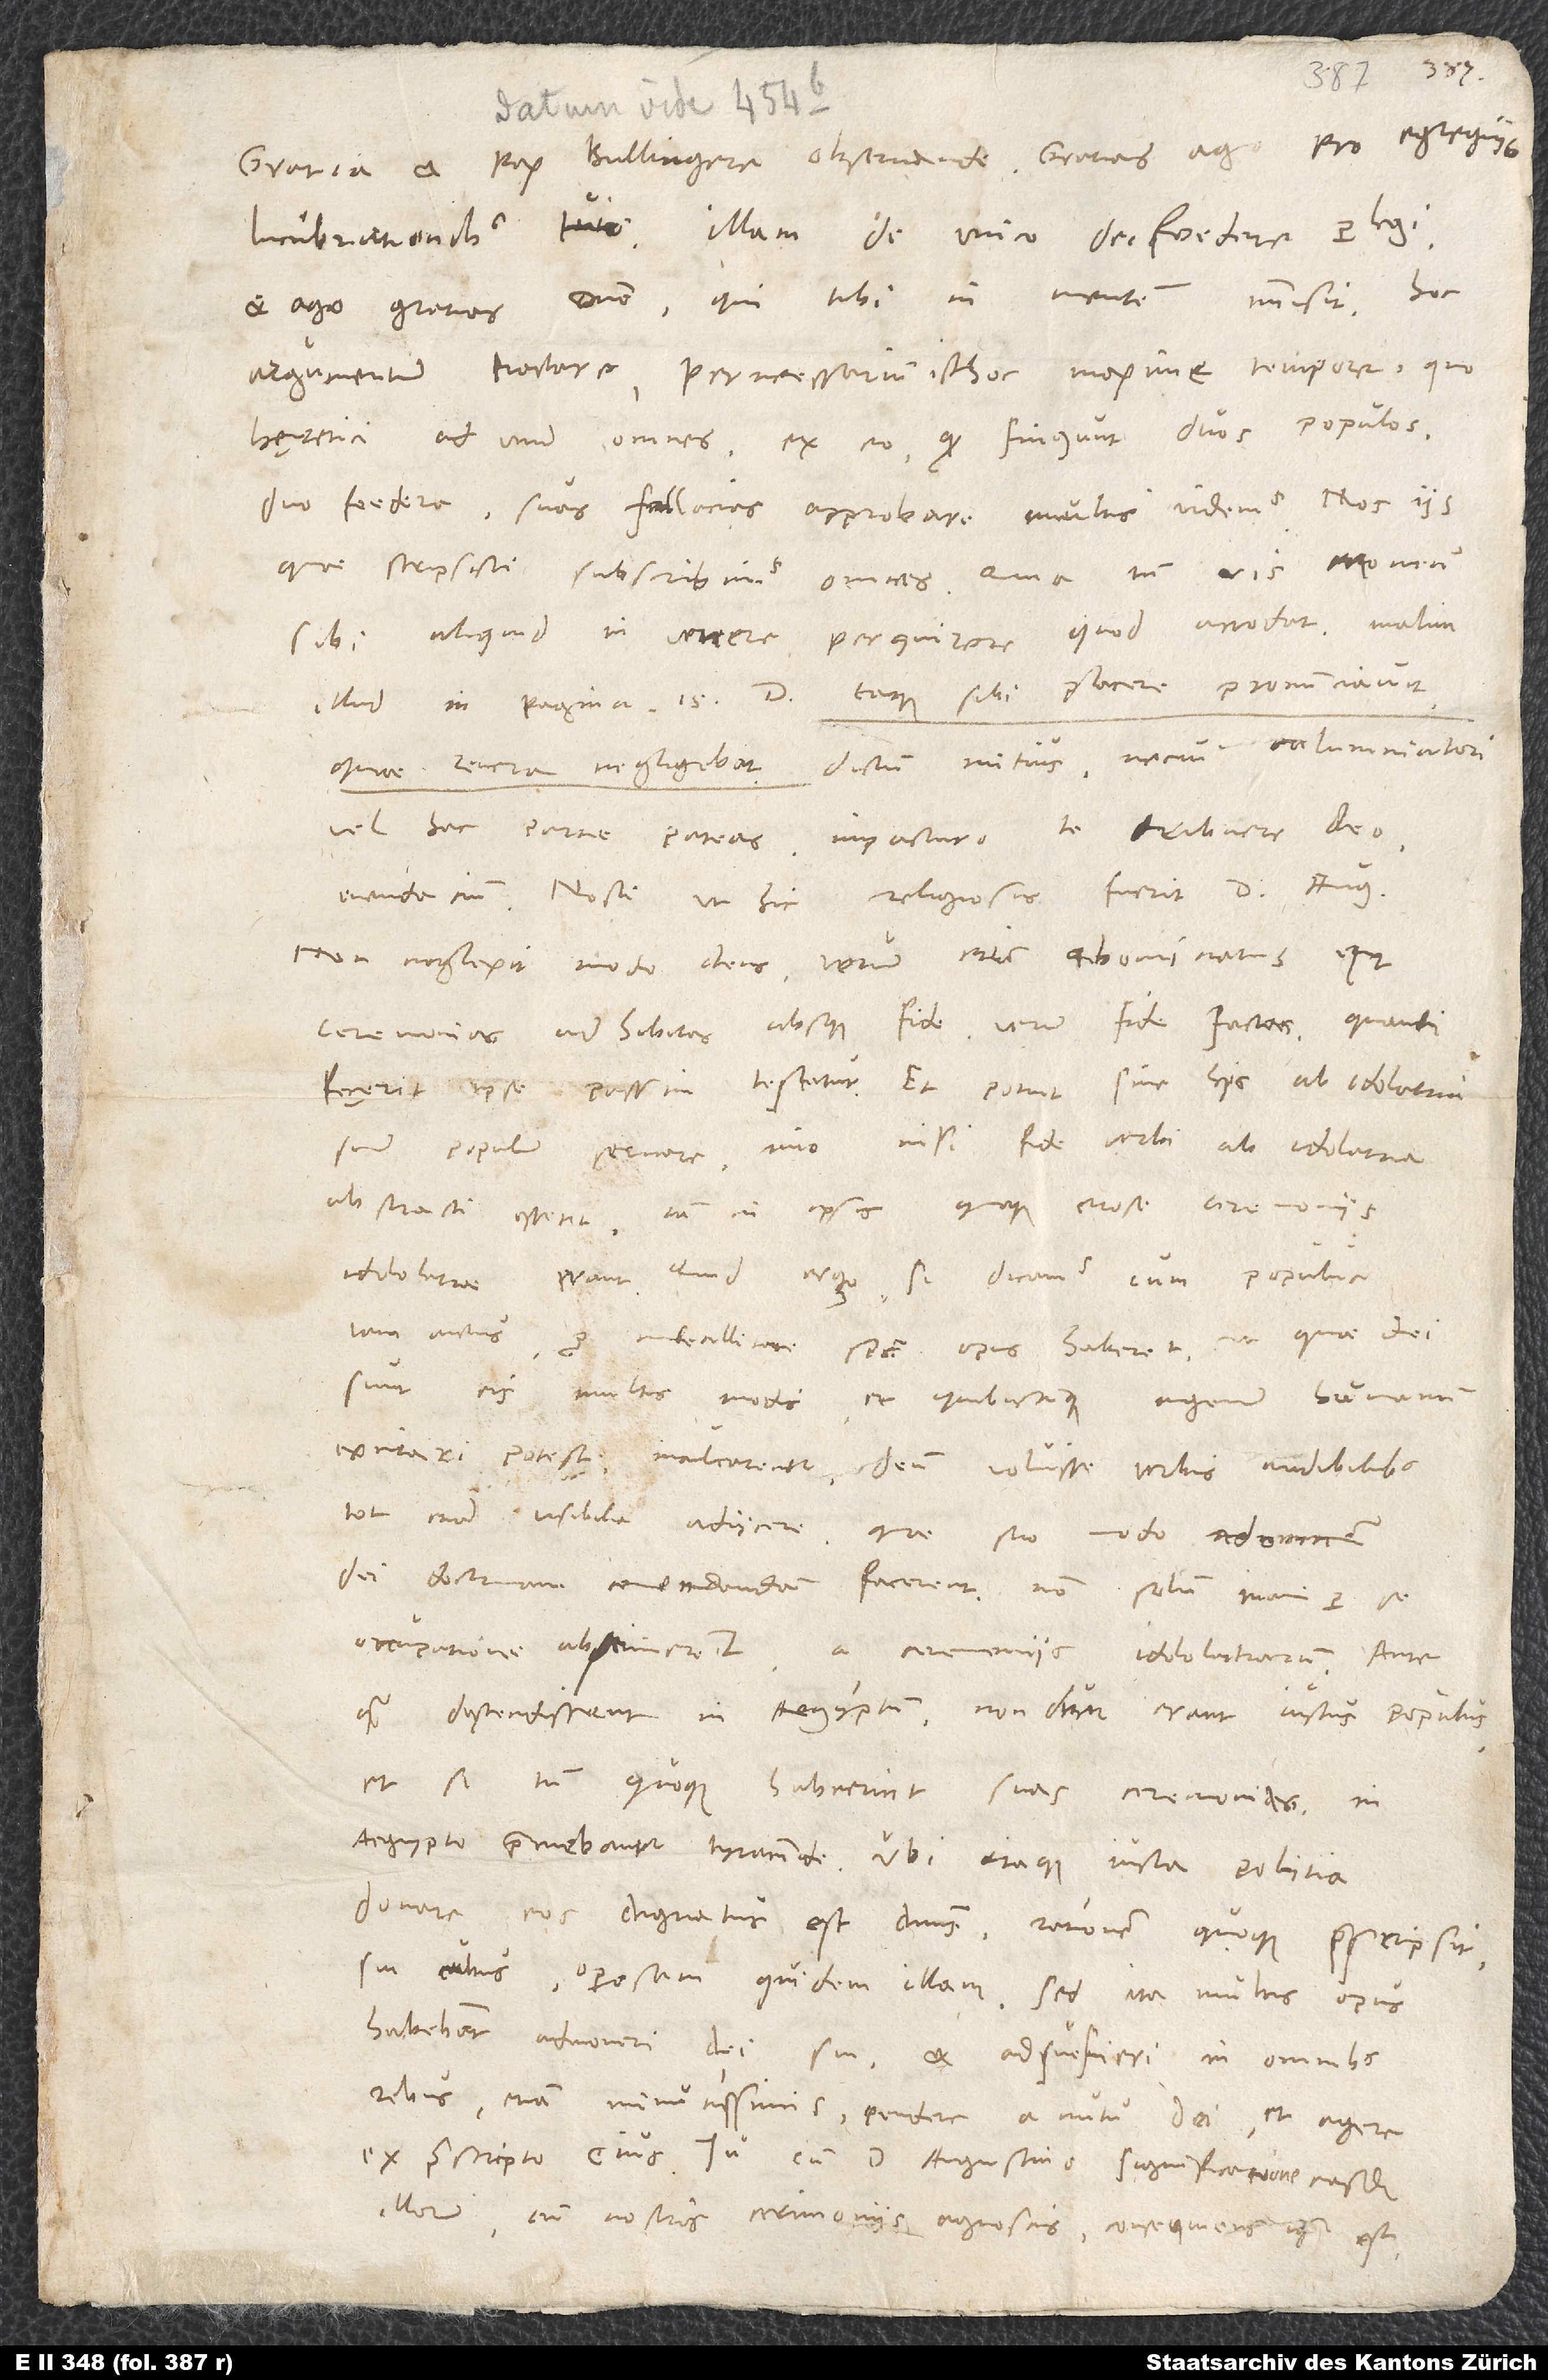
lucubrationibus tuis. Illam De unico dei foedere perlegi
et ago gratias domino, qui tibi in mentem immisit hoc
argumentum tractare pernecessarium isthoc maxime tempore, quo
hęretici ad unum omnes ex eo, quod fingunt duos populos,
duo foedera, suas fallacias approbare multis videmus. Nos iis,
quae scripsisti, subscribimus omnes. Quia tamen vis Momum
sibi aliquid in Venere perquirere, quod arrodat, malim
illud in pagina 15. D. «eaque sibi placere pronunciavit,
quae revera negligebat» dictum mitius, ne cui calumniatori
vel hac parte pateas impacturo te tribuere deo
mendacium. Nosti, ut hic religiosus fuerit d Augustino
illorum cum nostris cerimoniis agnoscis. Consequens igitur est,